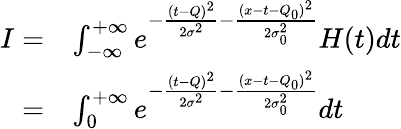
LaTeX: \begin{array}{rl}{I=}&{\int_{-\infty}^{+\infty}e^{-\frac{(t-Q)^{2}}{2\sigma^{2}}-\frac{(x-t-Q_{0})^{2}}{2\sigma_{0}^{2}}}H(t)dt}\\ {=}&{\int_{0}^{+\infty}e^{-\frac{(t-Q)^{2}}{2\sigma^{2}}-\frac{(x-t-Q_{0})^{2}}{2\sigma_{0}^{2}}}dt}\end{array}